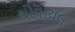
થોવાયલ